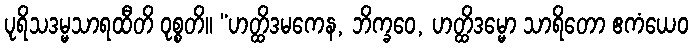
ပုရိသဒမ္မသာရထီတိ ဝုစ္စတိ။ “ဟတ္ထိဒမကေန, ဘိက္ခဝေ, ဟတ္ထိဒမ္မော သာရိတော ဧကံယေဝ